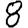
Digit: 8